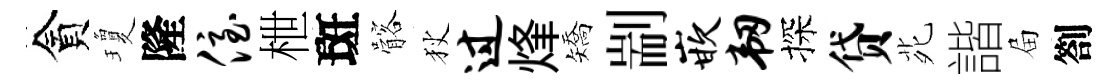
貪瓊隆侄枻斑髂狄过烽矯剬嵌韧探贷𫟍諧屇劄